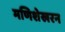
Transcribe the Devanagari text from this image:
मणिशेखरन